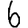
Digit: 6